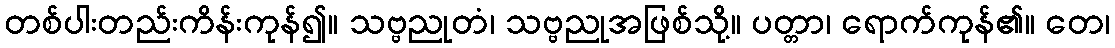
တစ်ပါးတည်းကိန်းကုန်၍။ သဗ္ဗညုတံ၊ သဗ္ဗညုအဖြစ်သို့။ ပတ္တာ၊ ရောက်ကုန်၏။ တေ၊